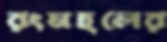
রংমহলের